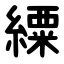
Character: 䌚